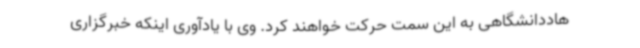
هاددانشگاهی به این سمت حرکت خواهند کرد. وی با یادآوری اینکه خبرگزاری